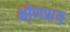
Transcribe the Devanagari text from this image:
क्षीणप्राय